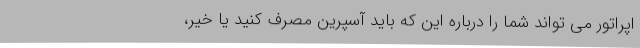
اپراتور می تواند شما را درباره این که باید آسپرین مصرف کنید یا خیر،